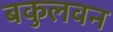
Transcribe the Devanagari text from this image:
बकुलवन